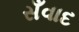
સઁવાદ